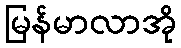
မြန်မာလာအို